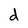
Character: d